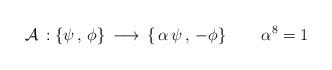
LaTeX: \begin{align*}{\cal A} \, : \left \{ \psi \, , \, \phi\right \} \,\longrightarrow \,\left \{ \,\alpha \, \psi \, , \,- \phi\right \}\quad \quad\alpha^8=1\end{align*}